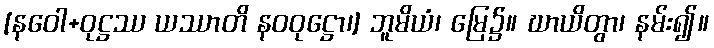
[နဝေါ+ဝုဋ္ဌဿ ယဿာတိ နဝဝုဋ္ဌော၊] ဘူမိယံ၊ မြေ၌။ ဃာယိတွာ၊ နမ်း၍။